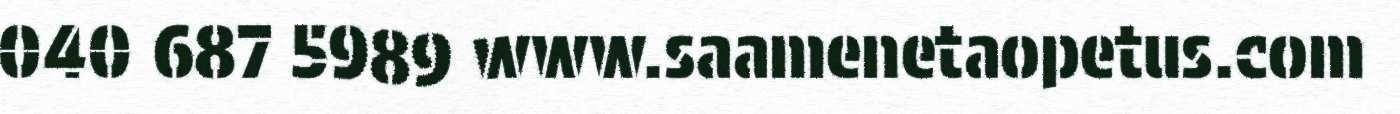
040 687 5989 www.saamenetaopetus.com